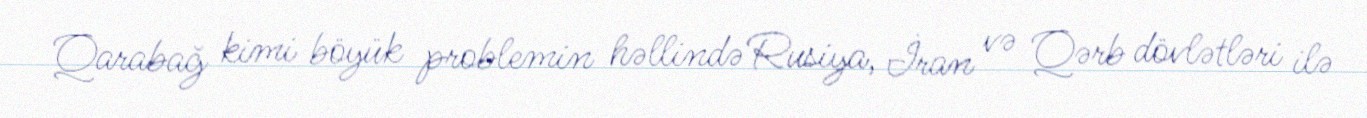
Qarabağ kimi böyük problemin həllində Rusiya, İran və Qərb dövlətləri ilə